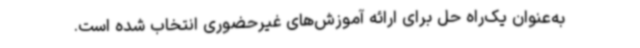
به‌عنوان یک‌راه حل برای ارائه آموزش‌های غیرحضوری انتخاب‌ شده است.